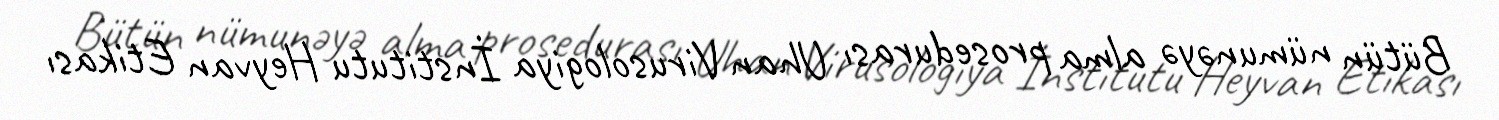
Bütün nümunəyə alma prosedurası Uhan Virusologiya İnstitutu Heyvan Etikası